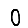
Digit: 0